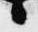
候